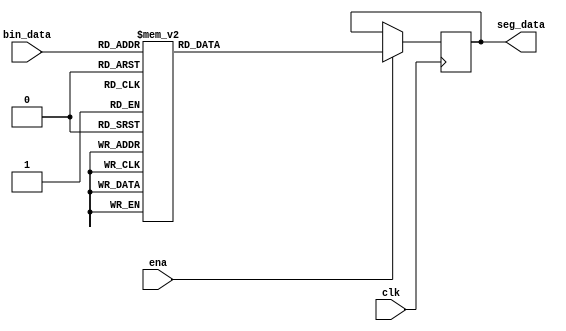
module seg_decoder(
input [3:0] bin_data,
input clk, ena,

output reg [7:0] seg_data
);

always@(posedge clk)
begin
	if(ena)
		case(bin_data)
			4'd0 : seg_data <= 8'b1100_0000;
			4'd1 : seg_data <= 8'b1111_1001;
			4'd2 : seg_data <= 8'b1010_0100;
			4'd3 : seg_data <= 8'b1011_0000;
			4'd4 : seg_data <= 8'b1001_1001;
			4'd5 : seg_data <= 8'b1001_0010;
			4'd6 : seg_data <= 8'b1000_0010;
			4'd7 : seg_data <= 8'b1111_1000;
			4'd8 : seg_data <= 8'b1000_0000;
			4'd9 : seg_data <= 8'b1001_0000;
			default:seg_data <= 8'b1111_1111;
		endcase
	else
		seg_data <= seg_data;
end
endmodule